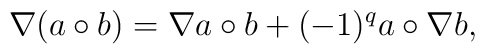
\nabla (a\circ b)=\nabla a\circ b+(-1)^qa\circ \nabla b,